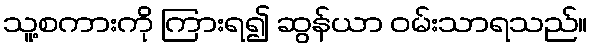
သူ့စကားကို ကြားရ၍ ဆွန်ယာ ဝမ်းသာရသည်။